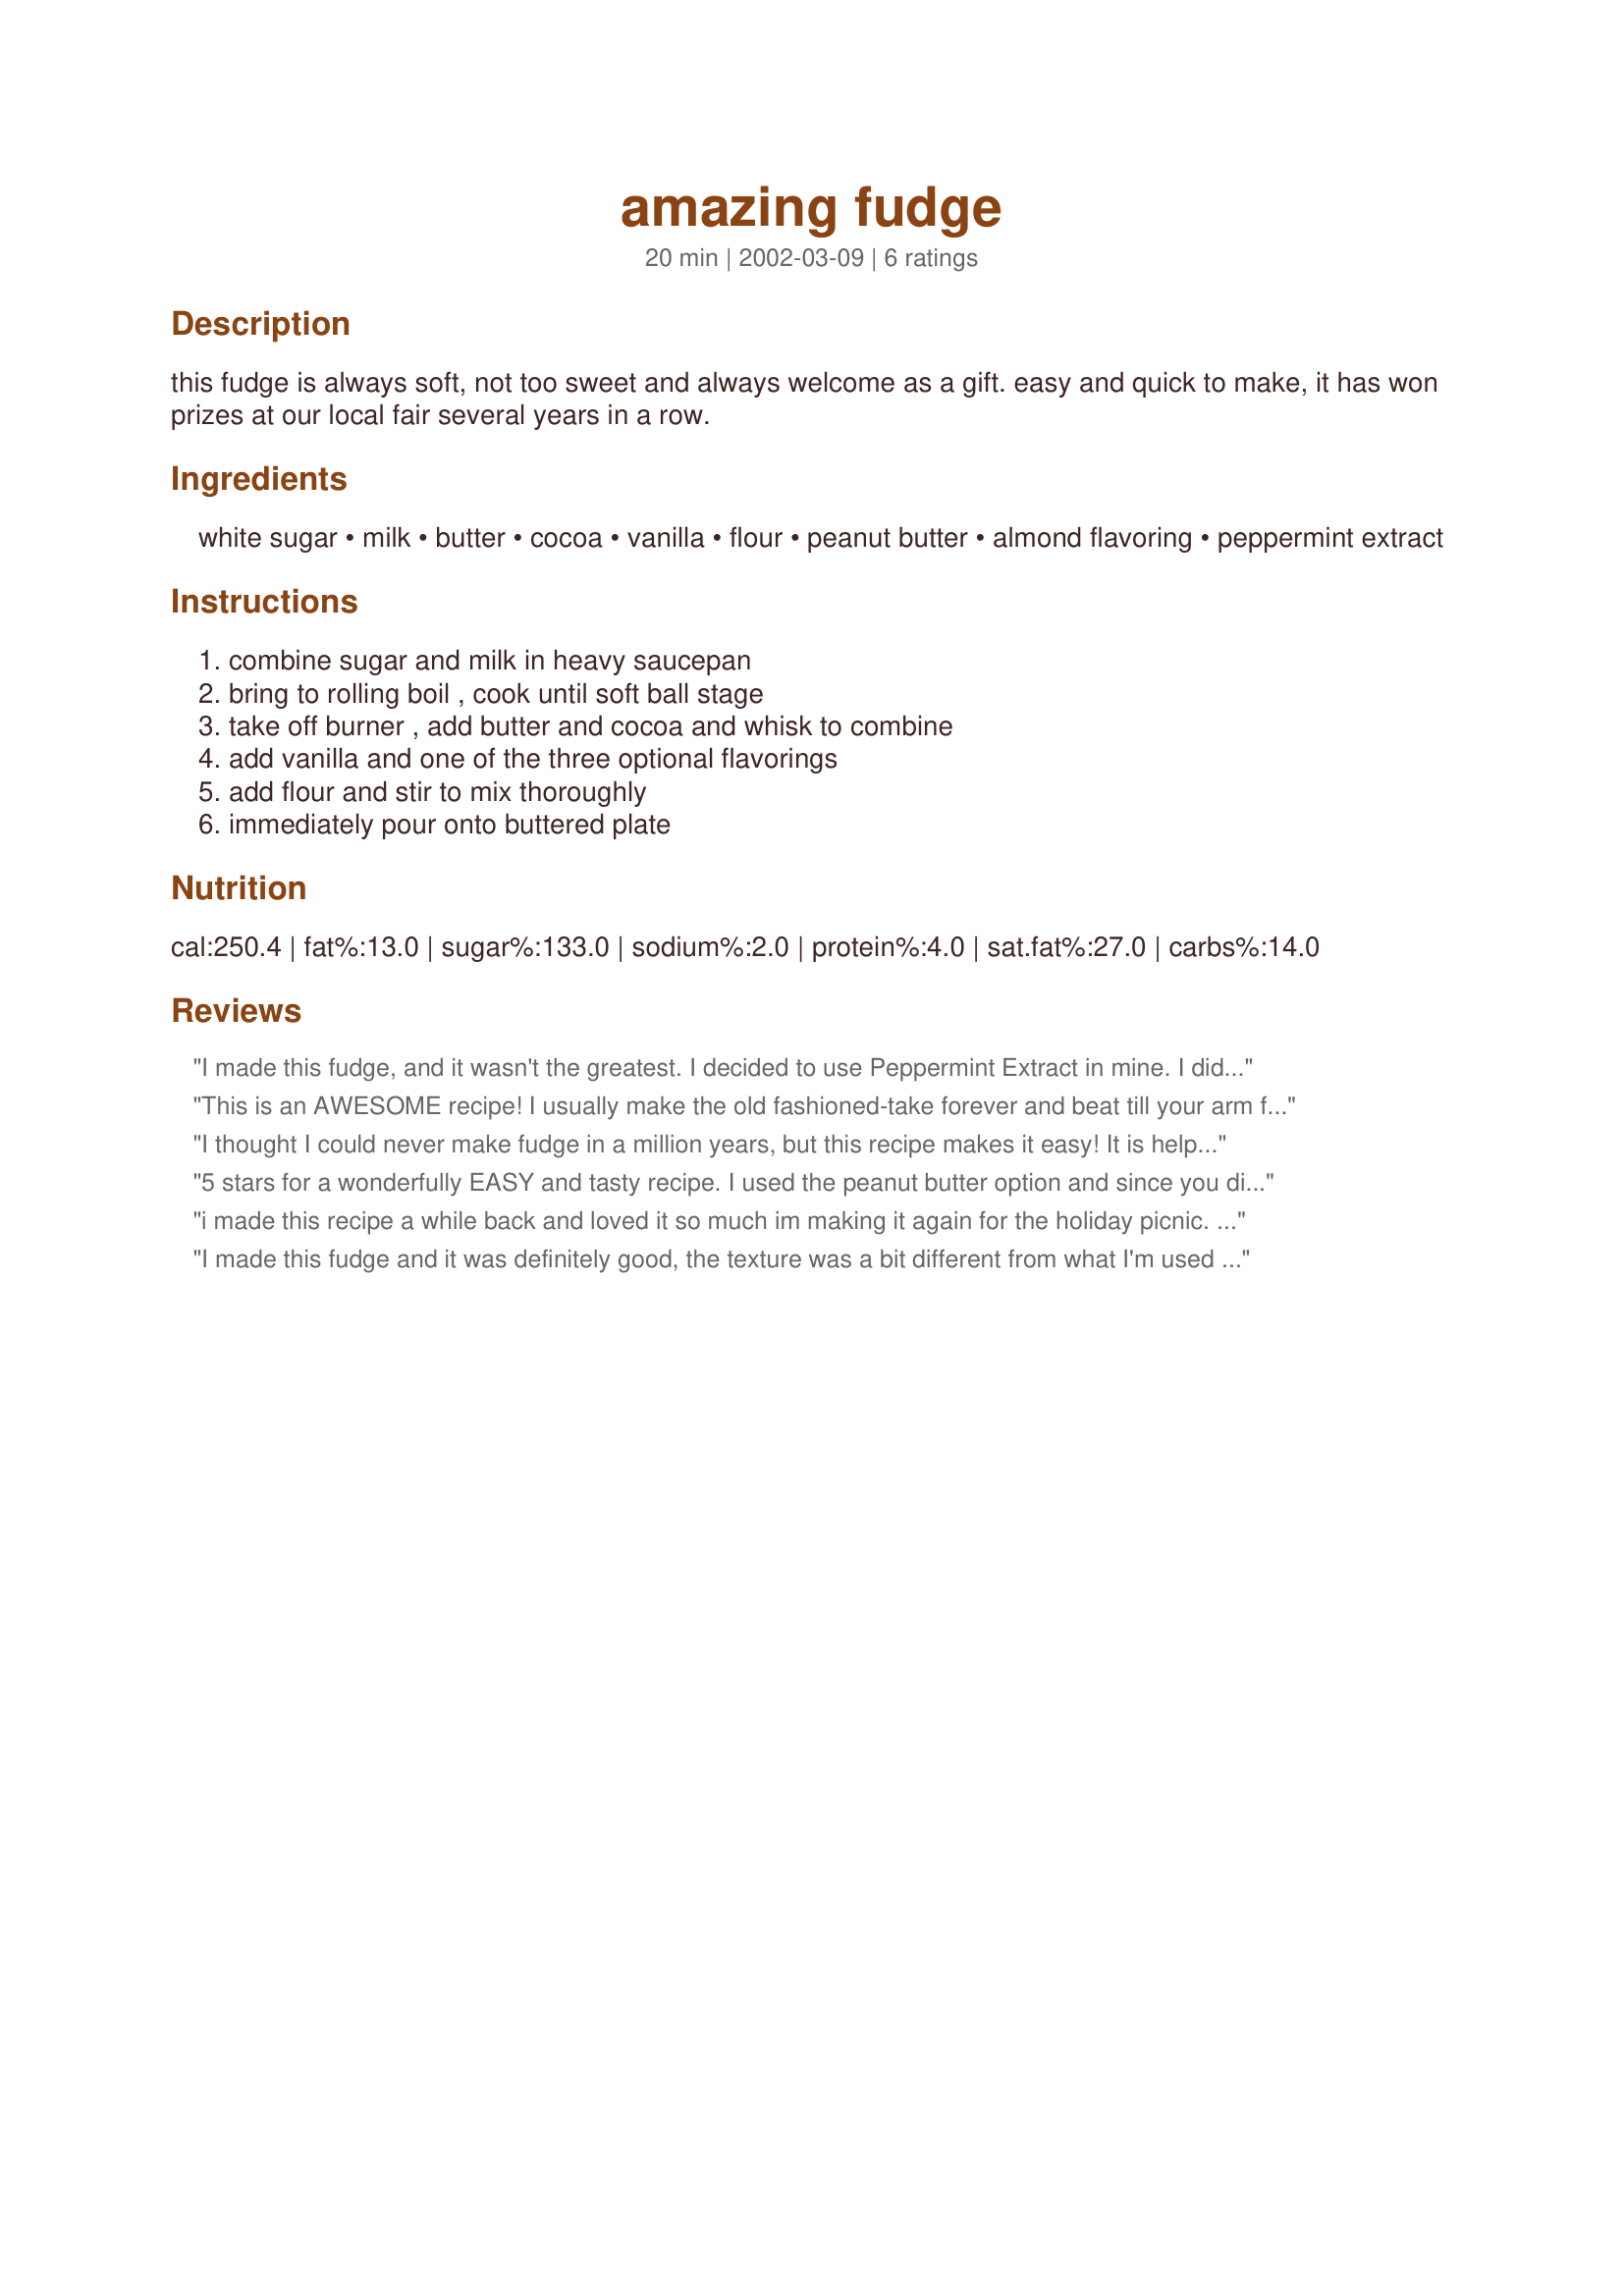
amazing fudge
Preparation time: 20 minutes

this fudge is always soft, not too sweet and always welcome as a gift. easy and quick to make, it has won prizes at our local fair several years in a row.

Ingredients:
white sugar, milk, butter, cocoa, vanilla, flour, peanut butter, almond flavoring, peppermint extract

Steps:
combine sugar and milk in heavy saucepan, bring to rolling boil , cook until soft ball stage, take off burner , add butter and cocoa and whisk to combine, add vanilla and one of the three optional flavorings, add flour and stir to mix thoroughly, immediately pour onto buttered plate

Reviews:
I made this fudge, and it wasn't the greatest. I decided to use Peppermint Extract in mine. I didn't have 1/2 tsp left in the bottle, and am I glad I didn't! It was about 1/4 tsp that I used, and it was still overpoweringly minty. If I make it again, I will either exclude the peppermint extract, or I will put it an extremely small amount.
This is an AWESOME recipe! I usually make the old fashioned-take forever and beat till your arm falls off kind (and still will occassionally), but have quickly added this recipe to my list of "keepers". I have made it plain and with the almond flavor..both delicious! So easy and quick to make and it keeps very well also. Great texture....just love it!
I thought I could never make fudge in a million years, but this recipe makes it easy! It is helpful to know that "softball stage" is at 233-340 deg. farenheit and cooking is easy when you have a cooking thermometer to monitor the temperature. This fudge took about five minutes to make and was so good I swear it makes me feel guilty that it was soooo easy (we made the peanut butter kind)! I will be making this for Christmas gifts next year. My husband loved it so much he is refusing to share this batch with anyone else..and it makes alot! Thanks for posting!
5 stars for a wonderfully EASY and tasty recipe. I used the peanut butter option and since you didn't specify the kind of flour I used almond flour. I had never heard of flour in fudge and was somewhat skeptical but it was great. It made it a bit less sweet than my usual peanut butter fudge made with marshmallows. I like this recipe better. Thank you for sharing.
i made this recipe a while back and loved it so much im making it again for the holiday picnic. cant wait to share it with my family. tnks for the great recipe.
I made this fudge and it was definitely good, the texture was a bit different from what I'm used to (I'm used to the grainy old fashioned break your arm off stirring kind) but it was realllly good. :D I subbed coconut powder for the flour and didn't add any of the peanut butter/almond/peppermint flavour.

Easy!

Thanks for sharing :)
